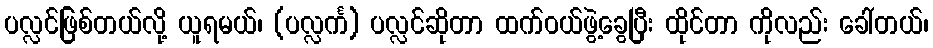
ပလ္လင်ဖြစ်တယ်လို့ ယူရမယ်၊ (ပလ္လင်္က) ပလ္လင်ဆိုတာ ထက်ဝယ်ဖွဲ့ခွေပြီး ထိုင်တာ ကိုလည်း ခေါ်တယ်၊